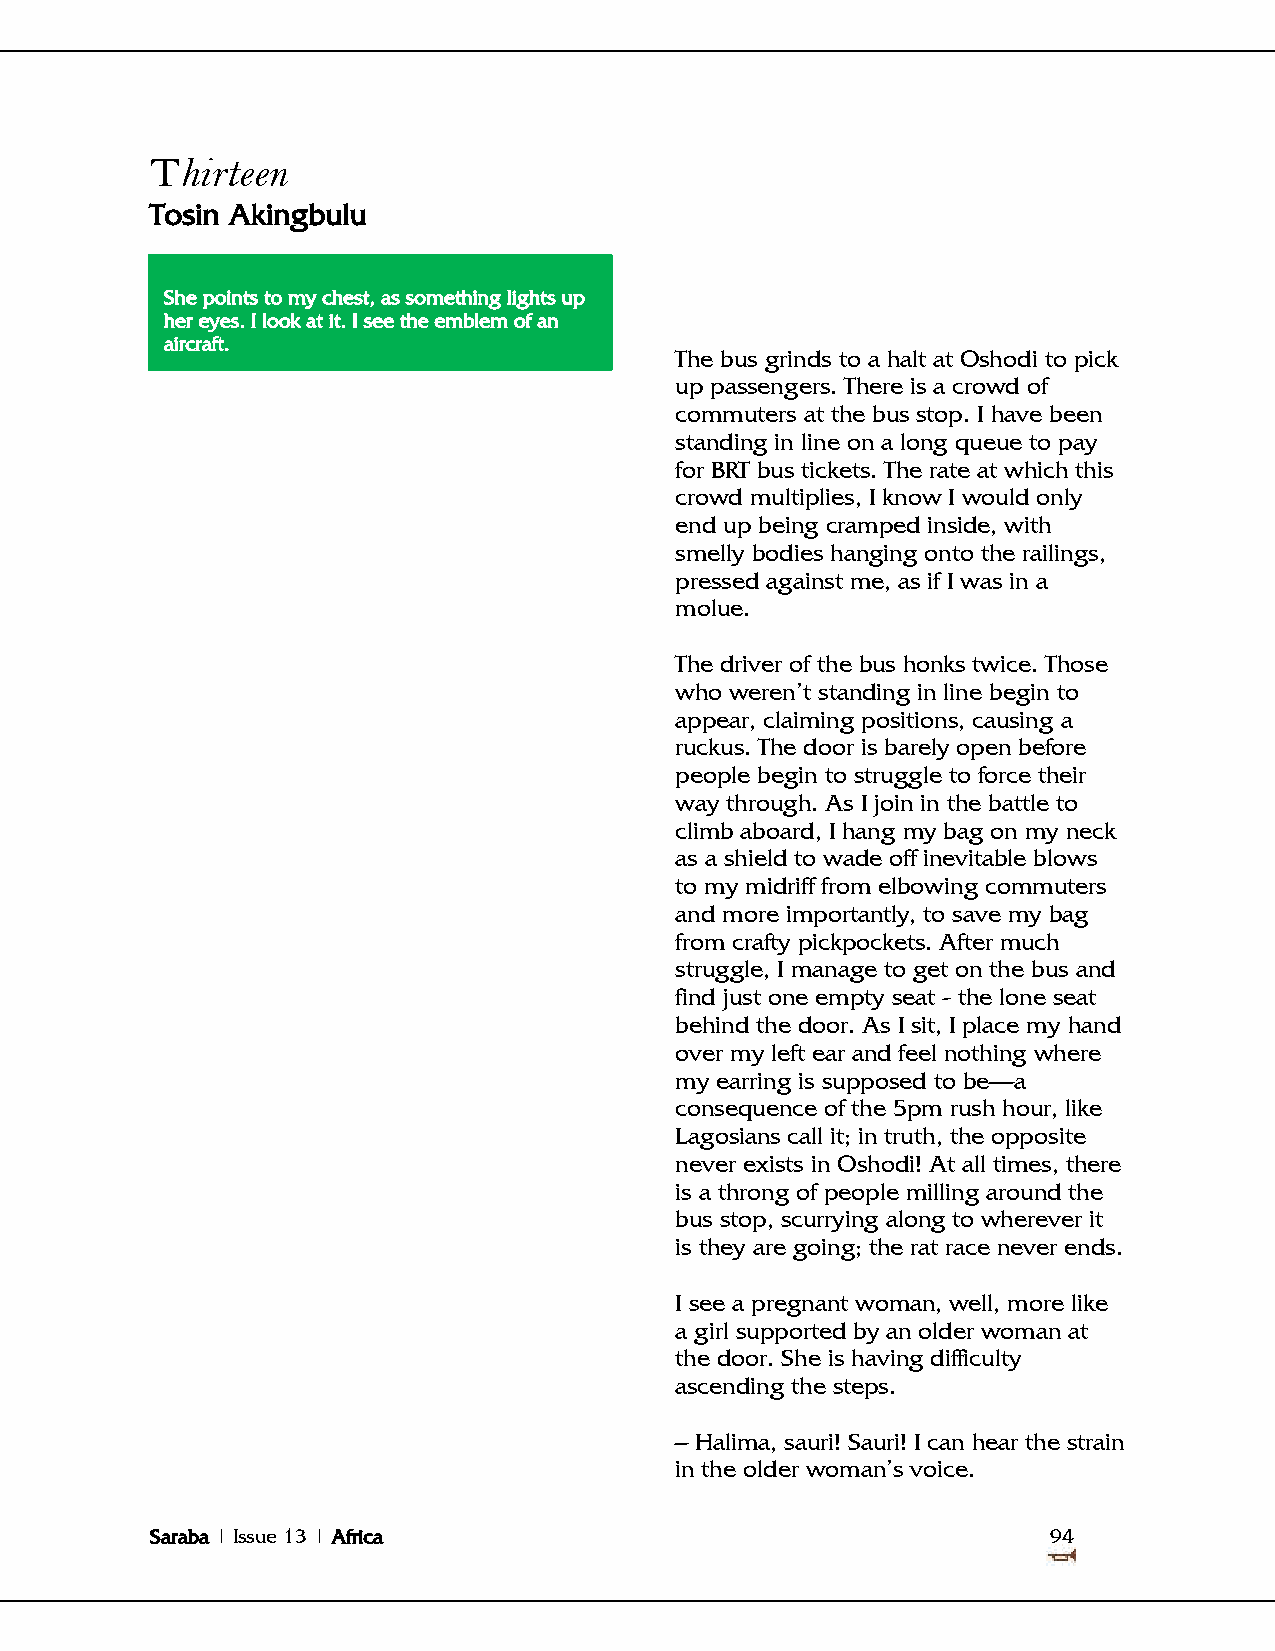
Thirteen
 Tosin Akingbulu
 She points to my chest, as something lights up
 her eyes. I look at it. I see the emblem of an
 aircraft.
 The bus grinds to a halt at Oshodi to pick
 up passengers. There is a crowd of
 commuters at the bus stop. I have been
 standing in line on a long queue to pay
 for BRT bus tickets. The rate at which this
 crowd multiplies, I know I would only
 end up being cramped inside, with
 smelly bodies hanging onto the railings,
 pressed against me, as if I was in a
 molue.
 The driver of the bus honks twice. Those
 who weren't standing in line begin to
 appear, claiming positions, causing a
 ruckus. The door is barely open before
 people begin to struggle to force their
 way through. As I join in the battle to
 climb aboard, I hang my bag on my neck
 as a shield to wade off inevitable blows
 to my midriff from elbowing commuters
 and more importantly, to save my bag
 from crafty pickpockets. After much
 struggle, I manage to get on the bus and
 find just one empty seat - the lone seat
 behind the door. As I sit, I place my hand
 over my left ear and feel nothing where
 my earring is supposed to be—a
 consequence of the 5pm rush hour, like
 Lagosians call it; in truth, the opposite
 never exists in Oshodi! At all times, there
 is a throng of people milling around the
 bus stop, scurrying along to wherever it
 is they are going; the rat race never ends.
 I see a pregnant woman, well, more like
 a girl supported by an older woman at
 the door. She is having difficulty
 ascending the steps.
 – Halima, sauri! Sauri! I can hear the strain
 in the older woman's voice.
 Saraba | Issue 13 | Africa                                  94